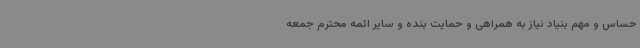
حساس و مهم بنیاد نیاز به همراهی و حمایت بنده و سایر ائمه محترم جمعه